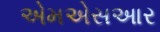
એમએસઆર